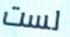
لست